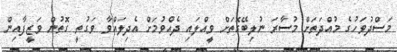
މަސްދުވަހުގެ މުއްދަތަށް މުސާރަ ނުލިބޭގޮތަށް ވީއްލައި ދެއްވުމަށް އެދިލައްވާ ވަގުތީ ގޮތުން ވަޒީފާއިން